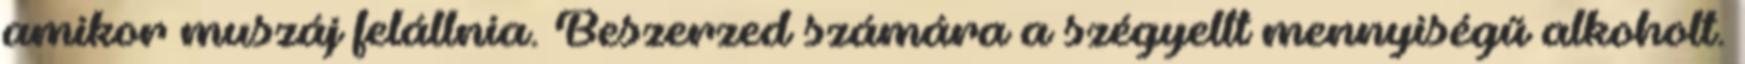
amikor muszáj felállnia. Beszerzed számára a szégyellt mennyiségű alkoholt.